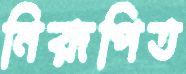
নিরূপিত